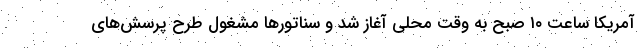
آمریکا ساعت ۱۰ صبح به وقت محلی آغاز شد و سناتورها مشغول طرح پرسش‌های